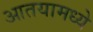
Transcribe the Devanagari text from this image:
आतयामध्ये